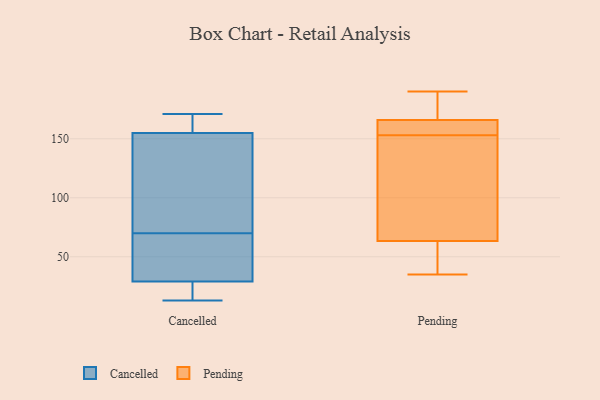
{"axis": {"x": "Customer Acquisition Cost (USD)", "y": "Value"}, "legend": ["Cancelled", "Pending"], "data": [{"x": "", "y": 15, "type": "Cancelled"}, {"x": "", "y": 157, "type": "Cancelled"}, {"x": "", "y": 33, "type": "Cancelled"}, {"x": "", "y": 171, "type": "Cancelled"}, {"x": "", "y": 133, "type": "Cancelled"}, {"x": "", "y": 71, "type": "Cancelled"}, {"x": "", "y": 161, "type": "Cancelled"}, {"x": "", "y": 69, "type": "Cancelled"}, {"x": "", "y": 13, "type": "Cancelled"}, {"x": "", "y": 52, "type": "Cancelled"}, {"x": "", "y": 171, "type": "Cancelled"}, {"x": "", "y": 82, "type": "Cancelled"}, {"x": "", "y": 40, "type": "Cancelled"}, {"x": "", "y": 50, "type": "Cancelled"}, {"x": "", "y": 19, "type": "Cancelled"}, {"x": "", "y": 25, "type": "Cancelled"}, {"x": "", "y": 82, "type": "Cancelled"}, {"x": "", "y": 20, "type": "Cancelled"}, {"x": "", "y": 153, "type": "Cancelled"}, {"x": "", "y": 161, "type": "Cancelled"}, {"x": "", "y": 189, "type": "Pending"}, {"x": "", "y": 41, "type": "Pending"}, {"x": "", "y": 190, "type": "Pending"}, {"x": "", "y": 58, "type": "Pending"}, {"x": "", "y": 166, "type": "Pending"}, {"x": "", "y": 121, "type": "Pending"}, {"x": "", "y": 163, "type": "Pending"}, {"x": "", "y": 153, "type": "Pending"}, {"x": "", "y": 35, "type": "Pending"}, {"x": "", "y": 166, "type": "Pending"}, {"x": "", "y": 79, "type": "Pending"}]}